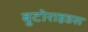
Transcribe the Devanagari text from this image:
बुटोराइडस